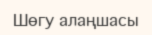
Шөгу алаңшасы